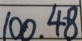
1 0 0 . 4 8